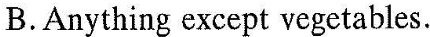
B.Anything except vegetables.